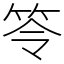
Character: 笭